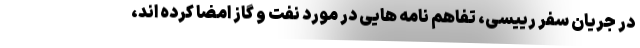
در جریان سفر رییسی، تفاهم نامه هایی در مورد نفت و گاز امضا کرده اند،